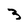
Character: 3